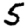
Digit: 5